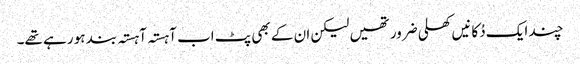
چند ایک دُکانیں کھلی ضرور تھیں لیکن ان کے بھی پٹ اب آہستہ آہستہ بند ہو رہے تھے۔